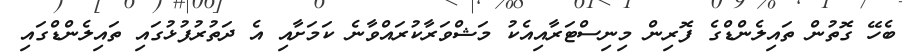
ބެހޭ ގޮތުން ތައިލެންޑްގެ ފޮރިން މިނިސްޓަރާއިއެކު މަޝްވަރާކުރައްވާނެ ކަމަށާއި އެ ދަތުރުފުޅުގައި ތައިލެންޑްގައި